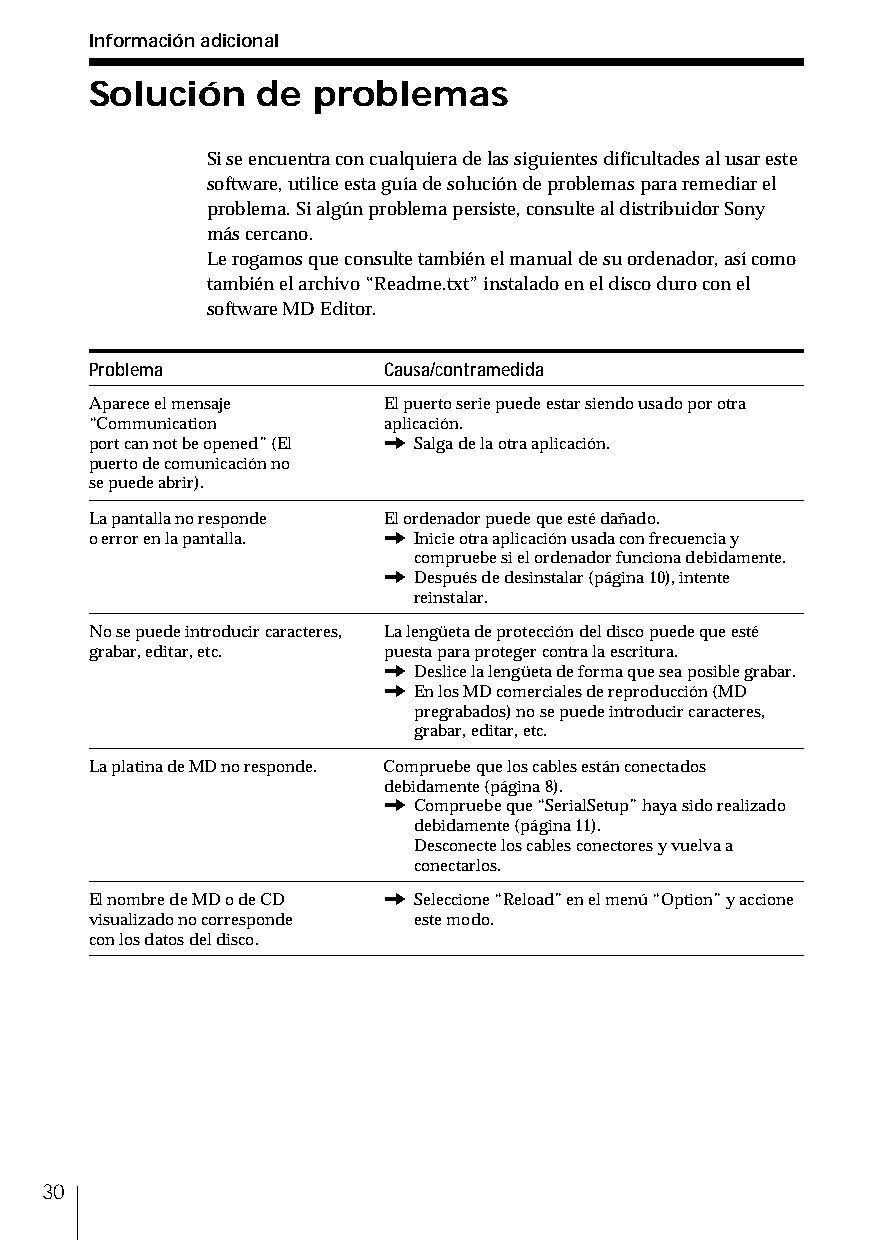
Información adicional
 Solución   de  problemas
 Si se encuentra con cualquiera de las siguientes dificultades al usar este
 software, utilice esta guía de solución de problemas para remediar el
 problema. Si algún problema persiste, consulte al distribuidor Sony
 más cercano.
 Le rogamos que consulte también el manual de su ordenador, así como
 también el archivo “Readme.txt” instalado en el disco duro con el
 software MD Editor.
 Problema           Causa/contramedida
 Aparece el mensaje El puerto serie puede estar siendo usado por otra
 “Communication     aplicación.
 port can not be opened” (El / Salga de la otra aplicación.
 puerto de comunicación no
 se puede abrir).
 La pantalla no responde El ordenador puede que esté dañado.
 o error en la pantalla. / Inicie otra aplicación usada con frecuencia y
 compruebe si el ordenador funciona debidamente.
 / Después de desinstalar (página 10), intente
 reinstalar.
 No se puede introducir caracteres, La lengüeta de protección del disco puede que esté
 grabar, editar, etc. puesta para proteger contra la escritura.
 / Deslice la lengüeta de forma que sea posible grabar.
 / En los MD comerciales de reproducción (MD
 pregrabados) no se puede introducir caracteres,
 grabar, editar, etc.
 La platina de MD no responde. Compruebe que los cables están conectados
 debidamente (página 8).
 / Compruebe que “SerialSetup” haya sido realizado
 debidamente (página 11).
 Desconecte los cables conectores y vuelva a
 conectarlos.
 El nombre de MD o de CD / Seleccione “Reload” en el menú “Option” y accione
 visualizado no corresponde este modo.
 con los datos del disco.
 30